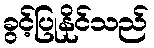
ခွင့်ပြုနိုင်သည်